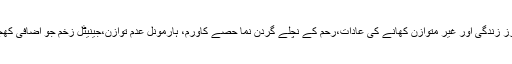
وجوہات نامناسب طرز زندگی اور غیر متوازن کھانے کی عادات،رحم کے نچلے گردن نما حصے کاورم، ہارمونل عدم توازن،جینیٹل زخم جو اضافی کھجلی کاسبب بنتے ہیں۔